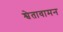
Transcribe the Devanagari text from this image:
श्वेतावामन